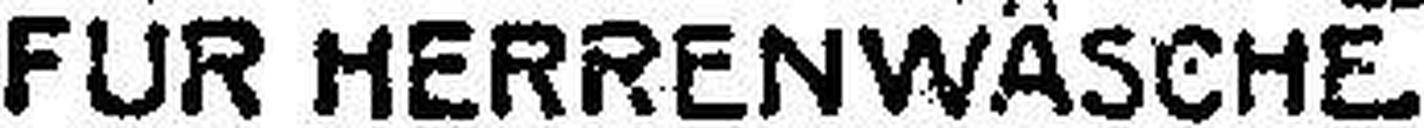
FÜR HERRENWÄSCHE.